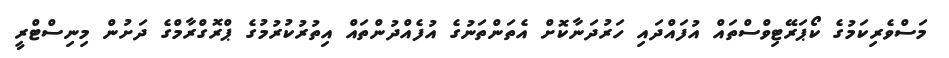
މަސްވެރިކަމުގެ ކޯޕަރޭޓިވްސްތައް އުފައްދައި ހަރުދަނާކޮށް އެތަންތަނުގެ އުފެއްދުންތައް އިތުރުކުރުމުގެ ޕްރޮގްރާމްގެ ދަށުން މިނިސްޓްރީ